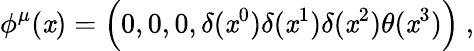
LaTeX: \phi^{\mu}(\mathit{x})=\Bigl(0,0,0,\delta(\mathit{x}^{0})\delta(\mathit{x}^{1})\delta(\mathit{x}^{2})\theta(\mathit{x}^{3})\Bigr)\ ,